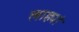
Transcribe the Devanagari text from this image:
लाह्यां